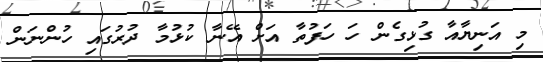
މި އަނިޔާއާ ގުޅިގެން ހަ ހަފުތާ އަށް އޭނާ ކުޅުމާ ދުރުގައި ހުންނަން